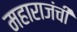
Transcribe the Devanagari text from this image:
महाराजंची